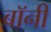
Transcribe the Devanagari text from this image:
बाॅनी